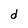
Character: d